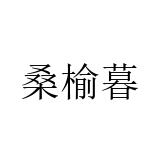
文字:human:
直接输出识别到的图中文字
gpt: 桑榆暮